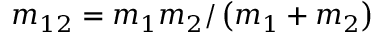
m _ { 1 2 } = m _ { 1 } m _ { 2 } / \left( m _ { 1 } + m _ { 2 } \right)